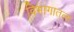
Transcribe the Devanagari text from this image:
विभागातला